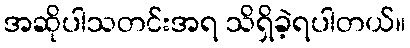
အဆိုပါသတင်းအရ သိရှိခဲ့ရပါတယ်။